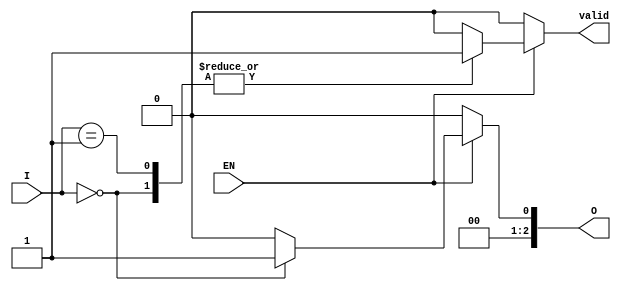
module encoder_1ofN (
    input wire [N-1:0] I,  // N input lines
    input wire EN,         // Enable signal
    output reg [log2N-1:0] O,  // log2(N) output lines
    output reg valid       // Indicates if the output is valid (1 if valid, 0 if invalid)
);
    parameter N = 8;  // Define the number of inputs (adjust as necessary)
    localparam log2N = $clog2(N);  // Calculate log2(N)

    always @(*) begin
        if (!EN) begin
            O = {log2N{1'b0}}; // Set output to zero when not enabled
            valid = 0;        // Invalid output
        end else begin
            O = {log2N{1'b0}}; // Default output to zero
            valid = 0;        // Default invalid

            // Priority encoding logic
            case (I)
                1'b1: begin O = 0; valid = 1; end
                1'b10: begin O = 1; valid = 1; end
                1'b100: begin O = 2; valid = 1; end
                1'b1000: begin O = 3; valid = 1; end
                1'b10000: begin O = 4; valid = 1; end
                1'b100000: begin O = 5; valid = 1; end
                1'b1000000: begin O = 6; valid = 1; end
                1'b10000000: begin O = 7; valid = 1; end
                default: begin O = {log2N{1'b0}}; valid = 0; end // No valid input
            endcase
        end
    end
endmodule